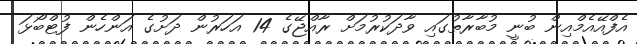
އެފްއޭއެމްއިން ބުނީ މުބާރާތުގައި ވާދަކުރުމަށް ރާއްޖޭގެ 14 އަހަރުން ދަށުގެ އަންހެން ފުޓްބޯޅަ